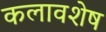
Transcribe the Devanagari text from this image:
कलावशेष